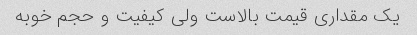
یک مقداری قیمت بالاست ولی کیفیت و حجم خوبه